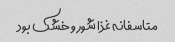
متاسفانه غذا شور و خشک بود